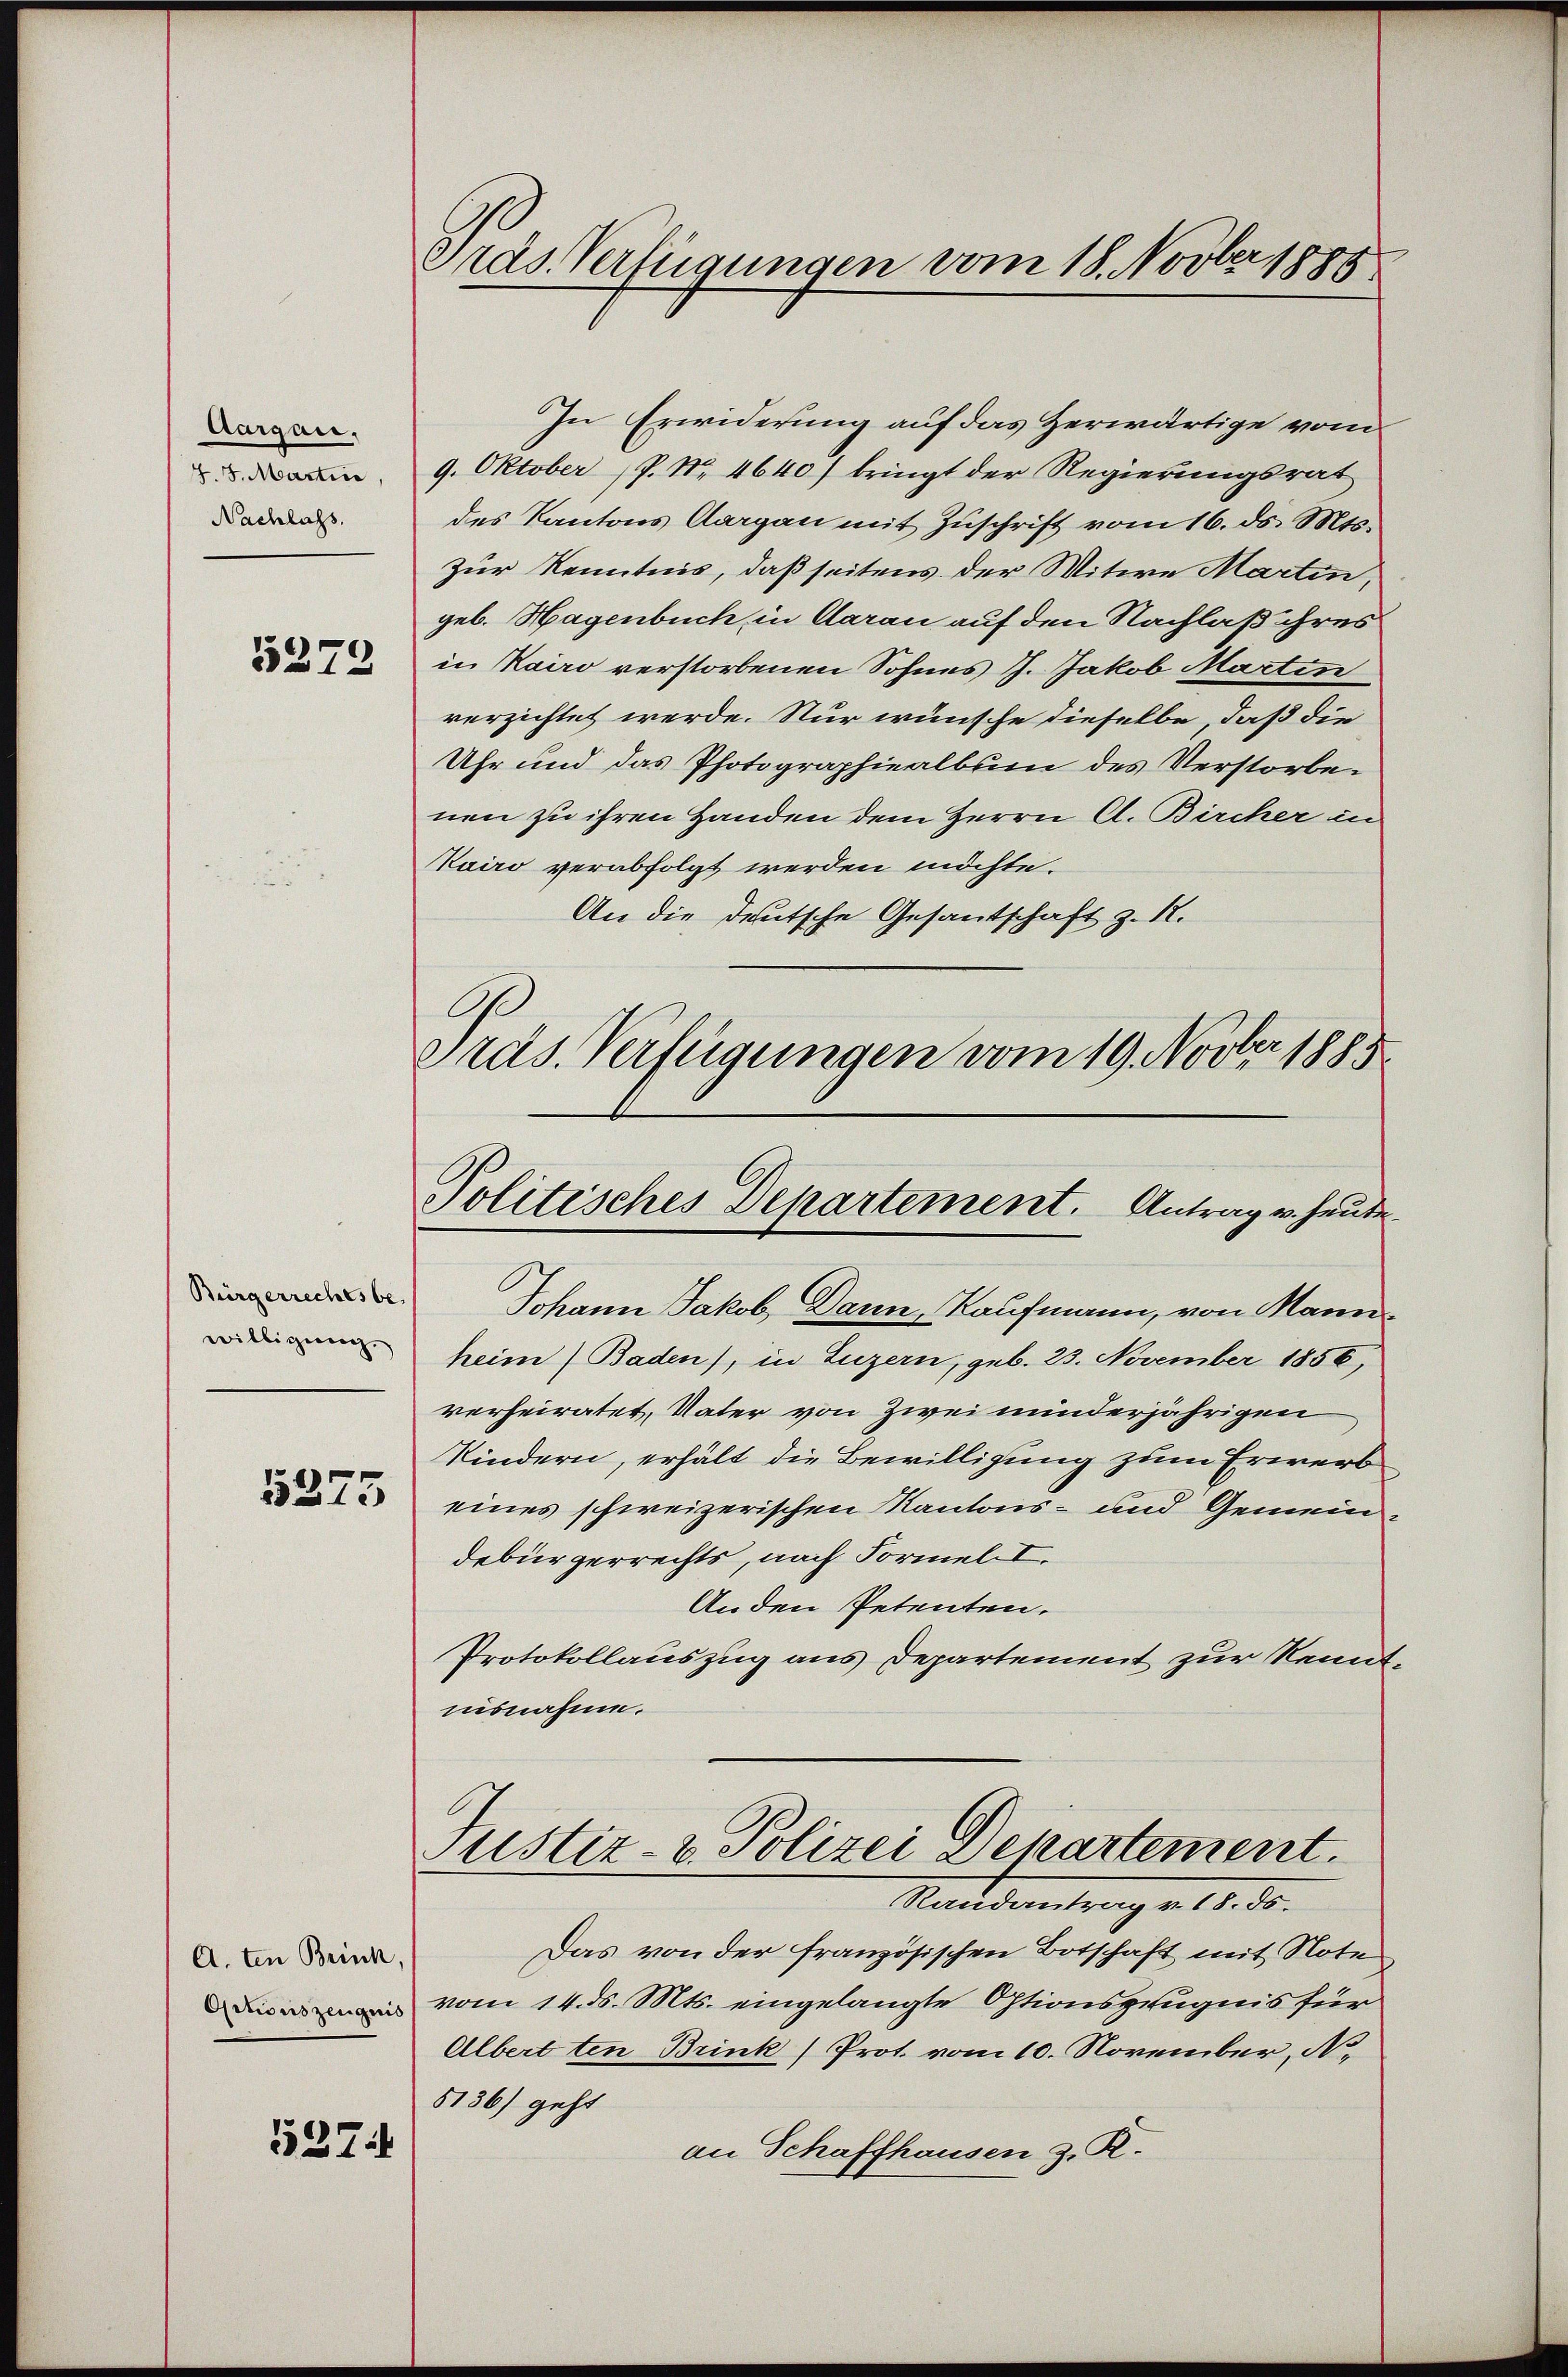
Aargau.
4. 5. Martin,
Nachlass.

5272

Bürgerrechts be
willigung.
5275

A.ten Brinck,
Optionszeugnis

537

Pras. Verfügungen vom 18. Novber 1885.

In Erwiderung auf das Zerwärtige vom
9. Oktober (P. Nr. 4640) bringt der Regierungsrat
des Kantons Aargau mit Zuschrift vom 16. ds. Mts.
Zur Kenntnis, daß seitens der Mitwe Martin,
geb. Hagenbuch, in darau auf den Nachlaß ihres
in Kairo verstorbenen Sohnes J. Jakob Martin
verzichtet werde. Nur wünsche dieselbe, daß die
Uhr und das Photographiealbum des Verstorbenen zu ihren Handen dem Herrn A. Bircher in
Kairo verabfolgt werden möchte.
An die deutsche Gesantschaft z. R.
C
Präs. Verfügungen vom 19. Novber 1885

Politisches Departement. Antrag v. heute

Justiz- & Polizei Departement.

Randantrag v. 18. ds.
Das von der französischen Botschaft mit Note
vom 14. ds. Mts. eingelangte Optionszeugnis für
Albert ten Brink (Prot. vom 10. November, No.
5136) geht
an Schaffhausen z. R.

Johann Jakob, Dann, Kaufmann, von Mannheim (Baden), in Luzern, geb. 23. November 1856,
verheiratet, Vater von Zwei minderjährigen
Kindern, erhält die Bewilligung zum Erwerb
eines schweizerischen Kantons- und Gemeindebürgerrechts, nach Formell I.
Anden Petenten.
Protokollauszug aus Departement zur Kenntuisnahme.